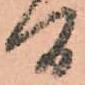
間